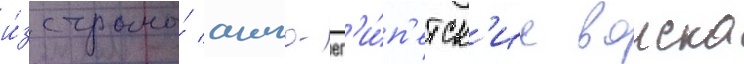
и́з страны́ англо-ег'и́п'етск'ие воиска